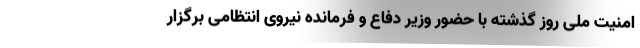
امنیت ملی روز گذشته با حضور وزیر دفاع و فرمانده نیروی انتظامی برگزار